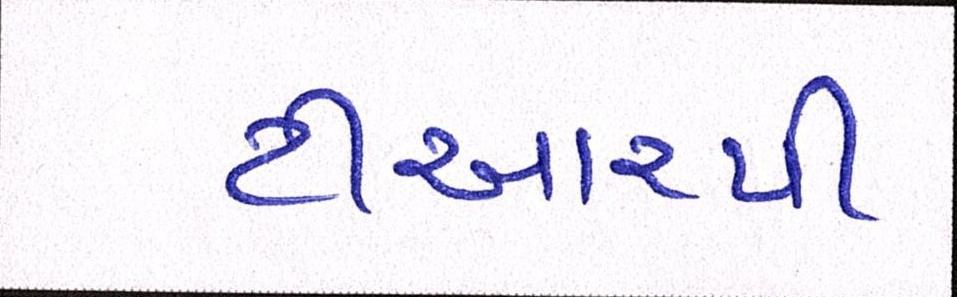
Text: ટીઆરપી